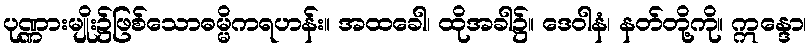
ပုဏ္ဏားမျိုး၌ဖြစ်သောဓမ္မိကရဟန်း။ အထခေါ၊ ထိုအခါ၌။ ဒေဝါနံ၊ နတ်တို့ကို။ ဣန္ဒော၊